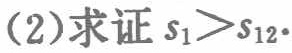
(2)求证 \(s_{1}>s_{12}\).